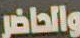
والحاضر